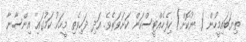
ތިޔަބައިމީހުން ( ނުކޮށް) ހިފެހެއްޓީސްކަން ކަށަވަރެވެ. އަދި ދަހިވެތި މީހަކު ކަމުގައި އިންސާނާ